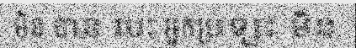
មិន បាន បេះ អ្នកប្រឡះ មិន